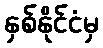
နှစ်နိုင်ငံမှ